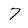
Character: 7